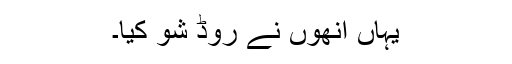
یہاں انھوں نے روڈ شو کیا۔